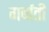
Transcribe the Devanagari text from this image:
गर्ब्वती